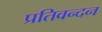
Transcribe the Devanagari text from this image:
प्रतिवन्दन